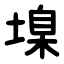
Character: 㙞